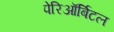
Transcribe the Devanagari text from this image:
पेरिऑर्बिटल